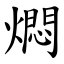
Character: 燜